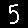
Digit: 5